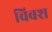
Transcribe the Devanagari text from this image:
विबश